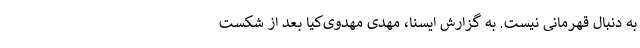
به دنبال قهرمانی نیست. به گزارش ایسنا، مهدی مهدوی‌کیا بعد از شکست